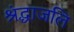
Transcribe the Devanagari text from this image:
श्रंद्धाजलि